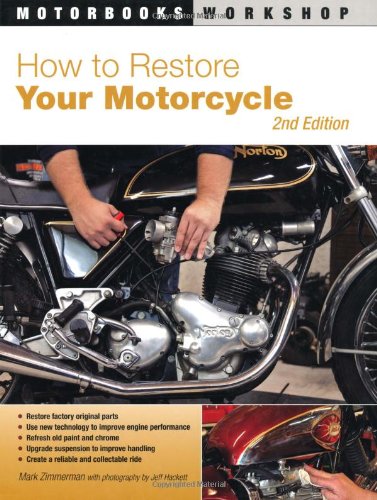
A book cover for How to Restore Your Motorcycle: Second Edition (Motorbooks Workshop); Mark Zimmerman; Arts & Photography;